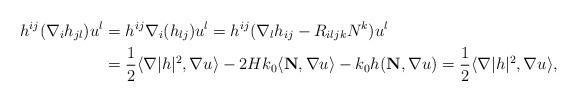
LaTeX: \begin{align*}h^{ij}(\nabla_ih_{jl})u^l &= h^{ij}\nabla_i(h_{lj})u^l = h^{ij}(\nabla_lh_{ij}-R_{iljk}N^k)u^l \\&= \frac{1}{2}\langle\nabla|h|^2,\nabla u\rangle - 2Hk_0\langle \mathbf{N},\nabla u \rangle - k_0h(\mathbf{N},\nabla u) = \frac{1}{2}\langle\nabla|h|^2,\nabla u\rangle,\end{align*}